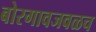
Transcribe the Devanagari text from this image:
बोरगावजवळच